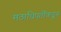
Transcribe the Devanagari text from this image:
मठाधिपतींकडून